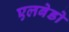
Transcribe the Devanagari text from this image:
एलबेडो